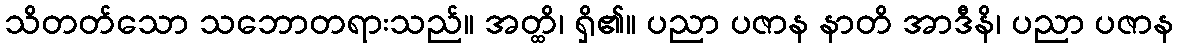
သိတတ်သော သဘောတရားသည်။ အတ္ထိ၊ ရှိ၏။ ပညာ ပဇာန နာတိ အာဒီနိ၊ ပညာ ပဇာန